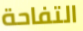
التفاحة